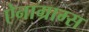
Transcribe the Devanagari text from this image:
ऐनाग्राम्स